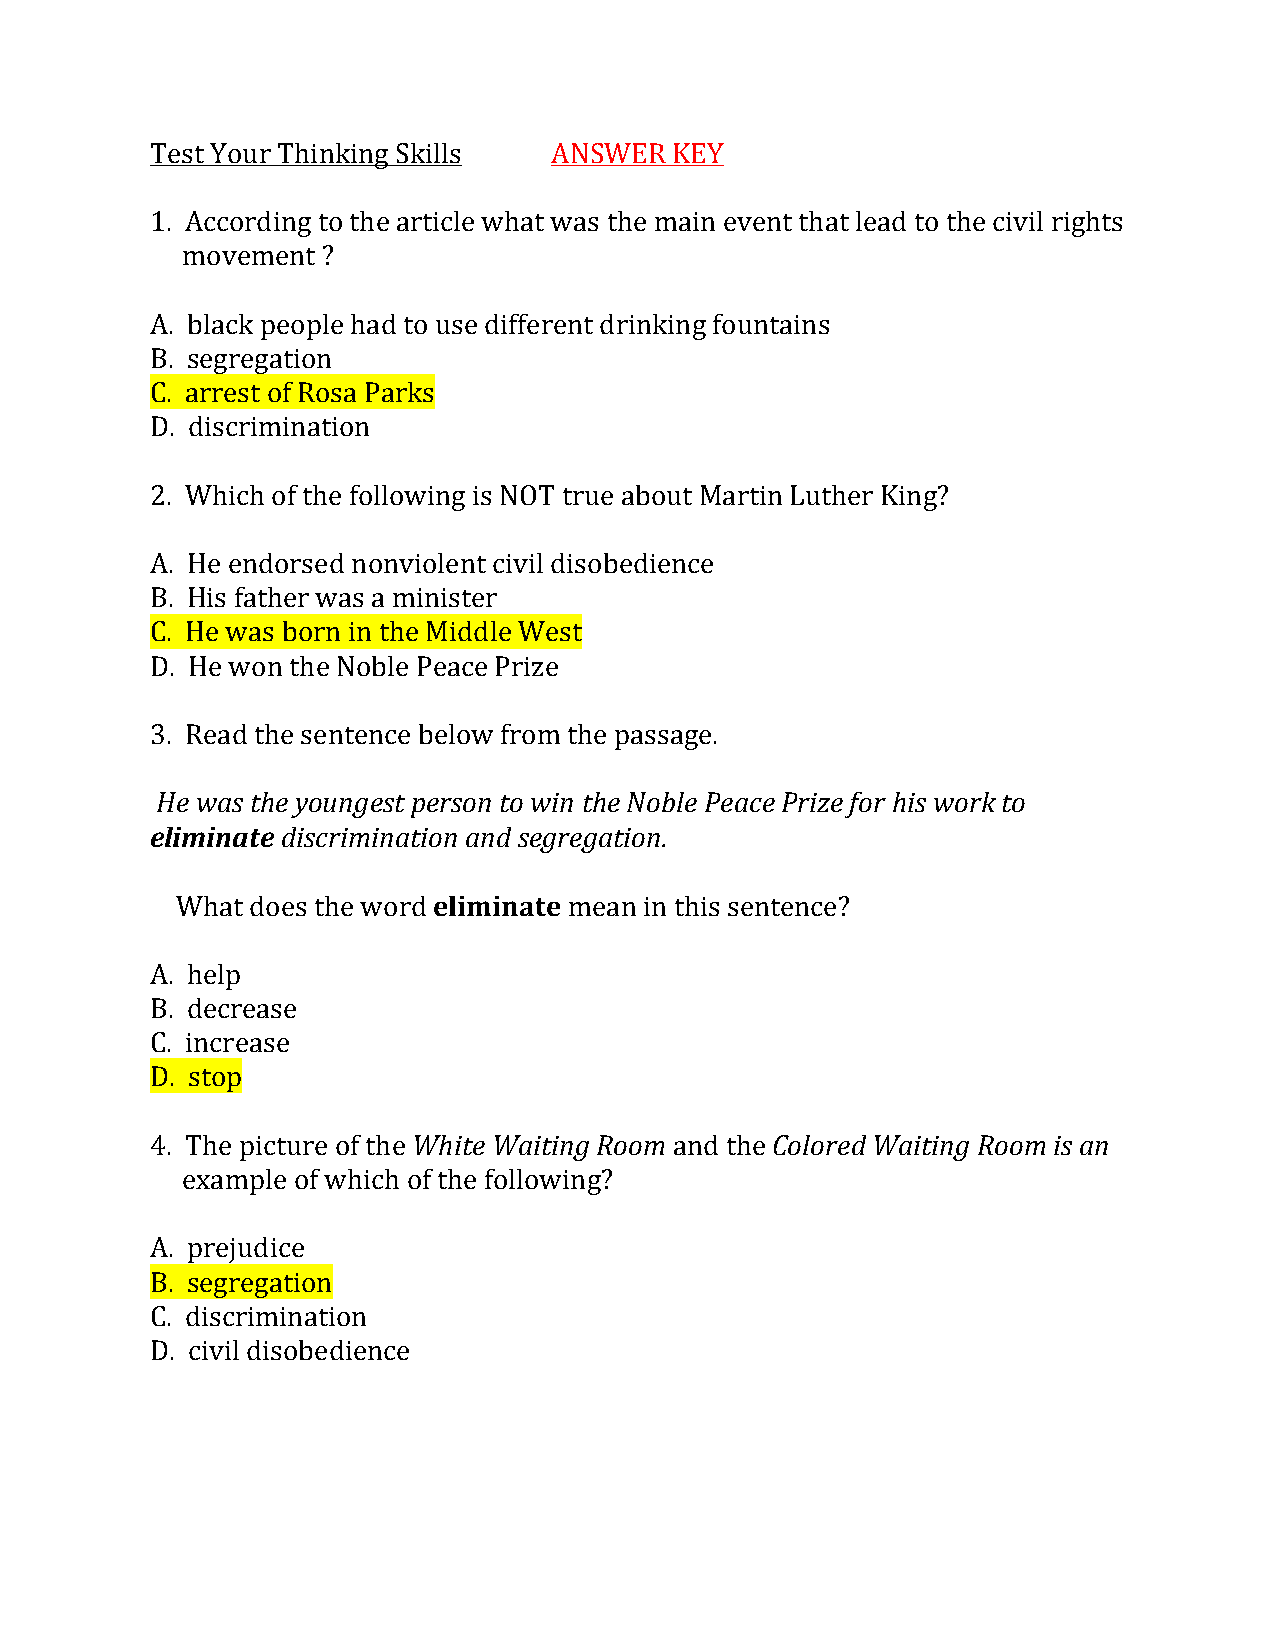
Test Your Thinking Skills  ANSWER  KEY
 1. According to the article what was the main event that lead to the civil rights
 movement ?
 A. black people had to use different drinking fountains
 B. segregation
 C. arrest of Rosa Parks
 D. discrimination
 2. Which of the following is NOT true about Martin Luther King?
 A. He endorsed nonviolent civil disobedience
 B. His father was a minister
 C. He was born in the Middle West
 D. He won the Noble Peace Prize
 3. Read the sentence below from the passage.
 He was the youngest person to win the Noble Peace Prize for his work to
 eliminate discrimination and segregation.
 What does the word eliminate mean in this sentence?
 A. help
 B. decrease
 C. increase
 D. stop
 4. The picture of the White Waiting Room and the Colored Waiting Room is an
 example of which of the following?
 A. prejudice
 B. segregation
 C. discrimination
 D. civil disobedience